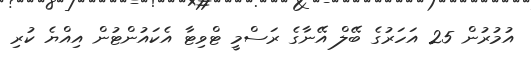
އުމުރުން 25 އަހަރުގެ ބޭލް އޭނާގެ ރަސްމީ ޓްވިޓާ އެކައުންޓުން އިއްޔެ ކުރި